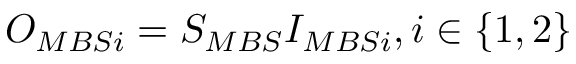
O _ { M B S i } = S _ { M B S } I _ { M B S i } , i \in \{ 1 , 2 \}